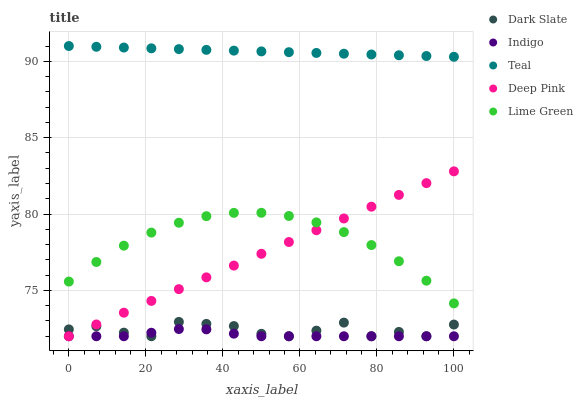
| xaxis_label | Dark Slate | Indigo | Teal | Deep Pink | Lime Green |
 | --- | --- | --- | --- | --- | --- |
 | 0 | 72.4 | 72 | 91 | 72 | 75.6 |
 | 7.14 | 72.7 | 72 | 90.9 | 72.8 | 76.9 |
 | 14.3 | 72.2 | 72 | 90.9 | 73.5 | 77.9 |
 | 21.4 | 72 | 72.2 | 90.8 | 74.3 | 78.8 |
 | 28.6 | 72.9 | 72.5 | 90.8 | 75.1 | 79.4 |
 | 35.7 | 72.8 | 72.5 | 90.7 | 75.9 | 79.9 |
 | 42.9 | 72.7 | 72.2 | 90.7 | 76.6 | 80.1 |
 | 50 | 72.2 | 72 | 90.6 | 77.4 | 80.1 |
 | 57.1 | 72 | 72 | 90.6 | 78.2 | 79.9 |
 | 64.3 | 72.4 | 72 | 90.5 | 78.9 | 79.5 |
 | 71.4 | 72.9 | 72 | 90.5 | 79.7 | 78.8 |
 | 78.6 | 72 | 72 | 90.4 | 80.5 | 78 |
 | 85.7 | 72.3 | 72 | 90.4 | 81.3 | 76.9 |
 | 92.9 | 72 | 72 | 90.3 | 82 | 75.6 |
 | 100 | 72.8 | 72 | 90.3 | 82.8 | 74.2 |